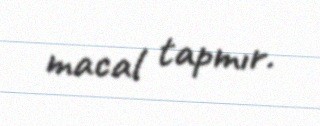
macal tapmır.